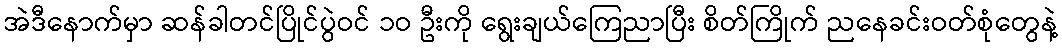
အဲဒီနောက်မှာ ဆန်ခါတင်ပြိုင်ပွဲဝင် ၁ဝ ဦးကို ရွေးချယ်ကြေညာပြီး စိတ်ကြိုက် ညနေခင်းဝတ်စုံတွေနဲ့